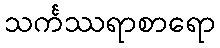
သင်္ကဿရာစာရော